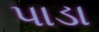
પાડા